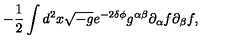
- \frac { 1 } { 2 } \int d ^ { 2 } x \sqrt { - g } e ^ { - 2 \delta \phi } g ^ { \alpha \beta } \partial _ { \alpha } f \partial _ { \beta } f ,